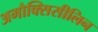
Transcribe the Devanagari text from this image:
अमौक्सिसीलिन